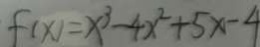
f ( x ) = x ^ { 3 } - 4 x ^ { 2 } + 5 x - 4